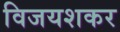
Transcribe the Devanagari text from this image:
विजयशकर